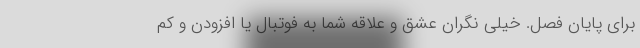
برای پایان فصل. خیلی نگران عشق و علاقه شما به فوتبال یا افزودن و کم